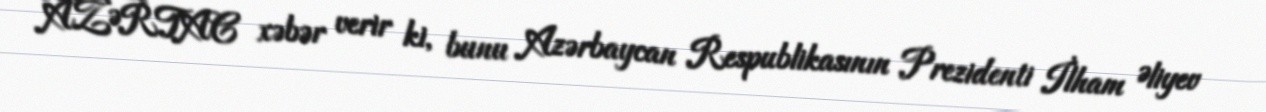
AZƏRTAC xəbər verir ki, bunu Azərbaycan Respublikasının Prezidenti İlham Əliyev